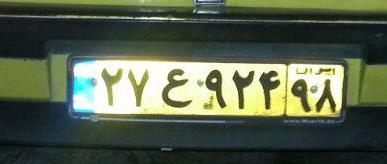
۲۷ع۹۲۴۹۸